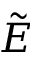
\Tilde { E }